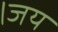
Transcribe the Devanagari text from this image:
।जय